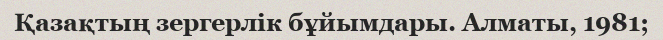
Қазақтың зергерлік бұйымдары. Алматы, 1981;